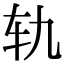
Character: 轨